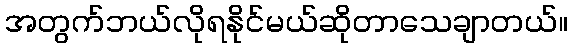
အတွက်ဘယ်လိုရနိုင်မယ်ဆိုတာသေချာတယ်။